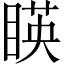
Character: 䁐